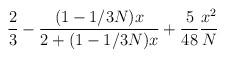
LaTeX: \begin{align*}\frac{2}{3}-\frac{(1-1/3N)x}{2+(1-1/3N)x}+\frac{5}{48}\frac{x^2}{N}\end{align*}